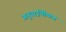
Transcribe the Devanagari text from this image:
अनुताईंचीमात्र